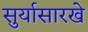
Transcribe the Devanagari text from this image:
सुर्यासारखे